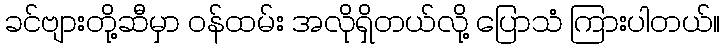
ခင်ဗျားတို့ဆီမှာ ဝန်ထမ်း အလိုရှိတယ်လို့ ပြောသံ ကြားပါတယ်။